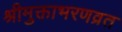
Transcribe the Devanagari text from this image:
श्रीमुक्ताभरणव्रत